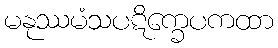
မနုဿမံသပဋိက္ခေပကထာ